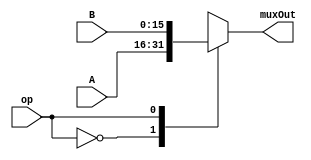
`timescale 1ns / 1ns

module IorDmux(op, A, B, muxOut);
     
  input op;
  input[15:0] A; //Data
  input[15:0] B; //Instruction
     
  output reg[15:0] muxOut;



 always @(op, A, B) begin 
    case (op)
      0: muxOut = A; //ALUout Register
      1: muxOut = B; //from PC
    endcase
  end



endmodule